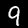
Label: 9